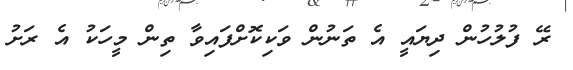
ރޭ ފުލުހުން ދިޔައީ އެ ތަނުން ވަކިކޮށްފައިވާ ތިން މީހަކު އެ ރަށު